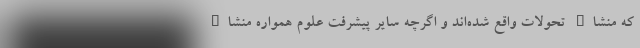
که منشاء تحولات واقع شده‌اند و اگرچه سایر پیشرفت علوم همواره منشاء